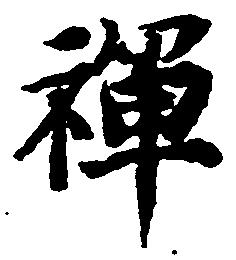
禅